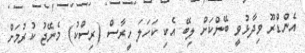
އެންޑްރޫ ވިދާޅުވީ ބޭންކަށް ލިބޭ އެކި ކަހަލަ ހީރާސް (ރިސްކު) މެނޭޖު ކުރުމަށް